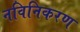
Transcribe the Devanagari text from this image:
नविनिकरण